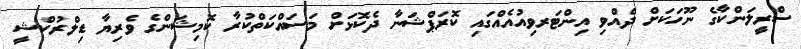
ސްރީލަންކާގެ ނޫހަކަށް ދެއްވި އިންޓަރވިއުއެއްގައި ކޮރަޕްޝަނާ ދެކޮޅަށް މަސައްކަތްކުރާ ކޮމިޝަންގެ ވެރިޔާ ޑިލްރުކްޝީ